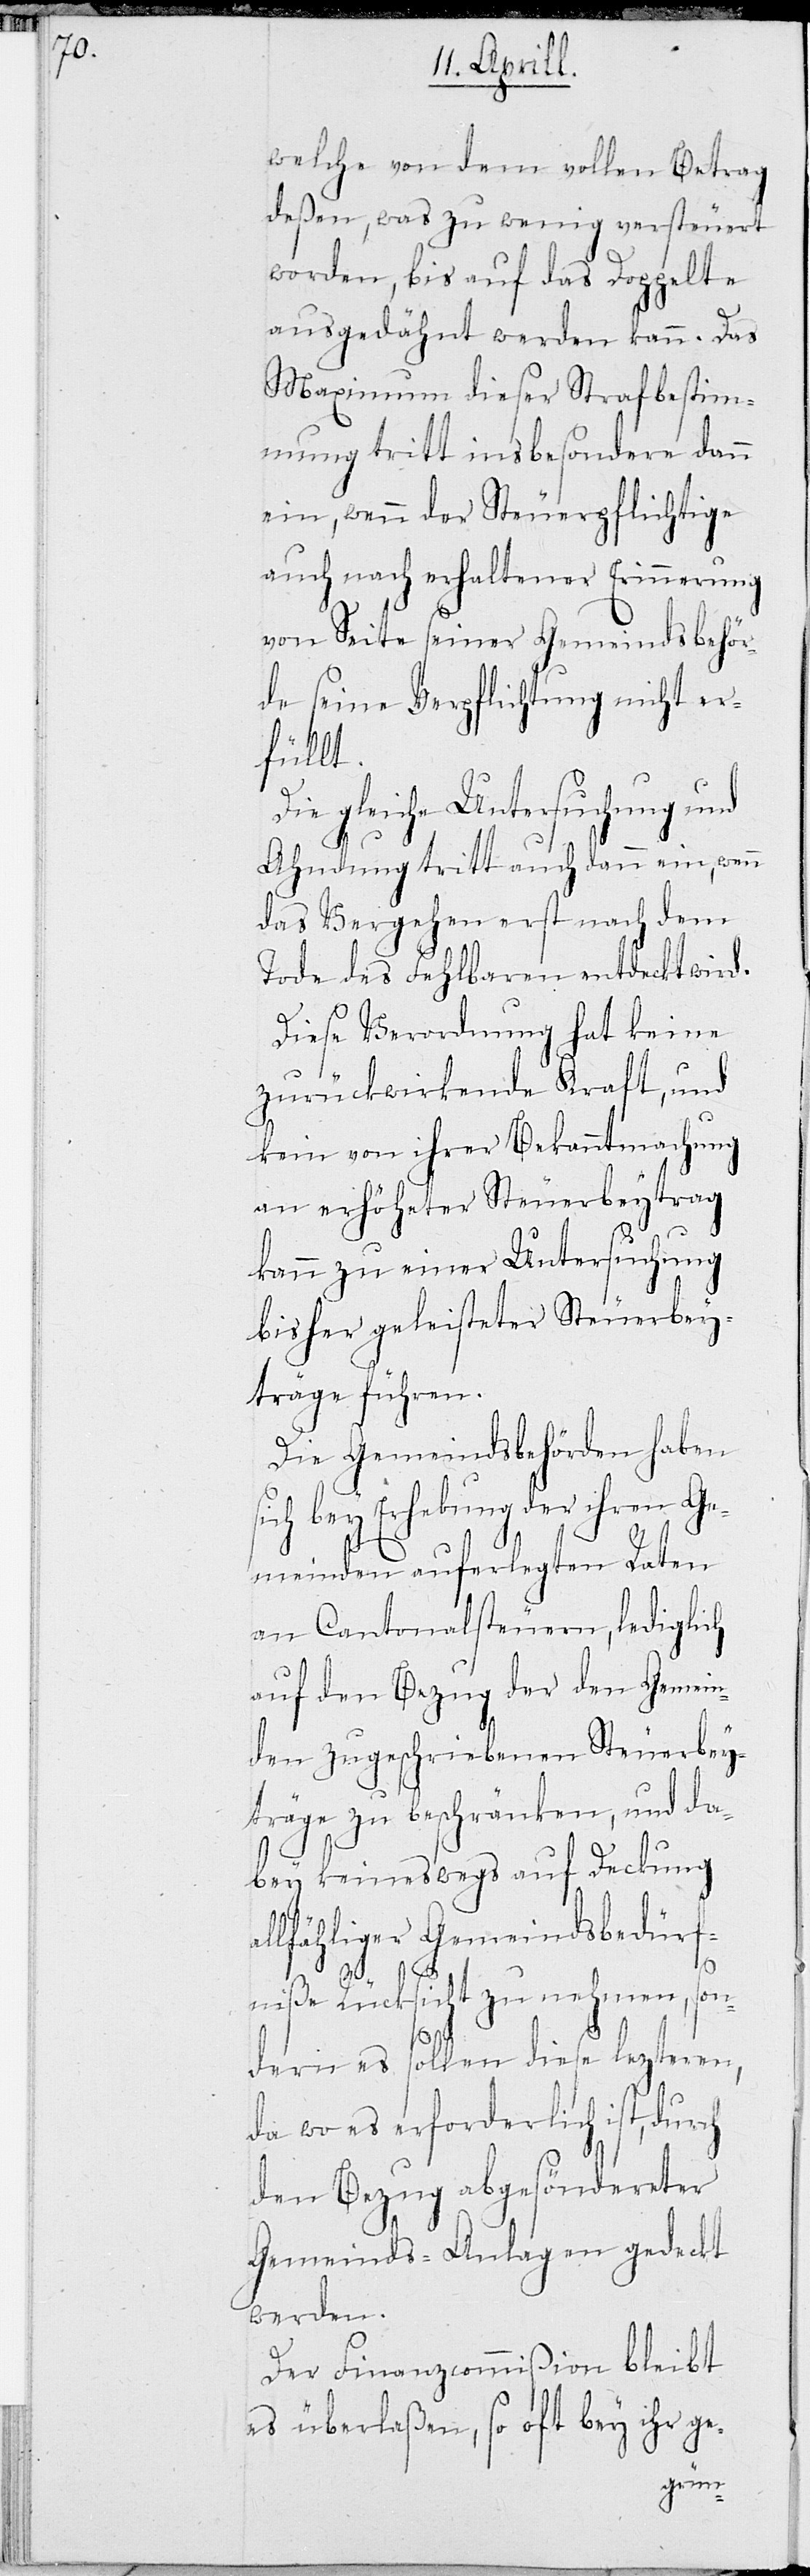
welche von dem vollen Betrag
deßen, was zu wenig versteuert
worden, bis auf das doppelte
ausgedähnt werden kann. Das
Maximum dieser Strafbestim¬
mung tritt insbesondere dann
ein, wenn der Steuerpflichtige
auch nach erhaltener Erinnerung
von Seite seiner Gemeindsbehör¬
de seine Verpflichtung nicht er¬
füllt.
Die gleiche Untersuchung und
Ahndung tritt auch dann ein, wenn
das Vergehen erst nach dem
Tode des Fehlbaren entdeckt wird.
Diese Verordnung hat keine
zurückwirkende Kraft, und
kein von ihrer Bekanntmachung
an erhöheter Steuerbeytrag
kann zu einer Untersuchung
bisher geleisteter Steuerbey¬
träge führen.
Die Gemeindsbehörden haben
ich bey Erhebung der ihren G¬
emeinden auferlegten Raten
an Cantonalsteuern, lediglich
auf den Bezug der den Gemein¬
den zugeschriebenen Steuerbey¬
träge zu beschränken, und da¬
bey keineswegs auf Deckung
allfähliger Gemeindsbedürf¬
s¬
niße Rücksicht zu nehmen, son¬
dern es sollen diese lezteren,
da wo es erforderlich ist, durch
den Bezug abgeänderter
Gemeinds-Anlagen gedeckt
werden.
Der Finanzcommißion bleibt
es überlaßen, so oft bey ihr ge-